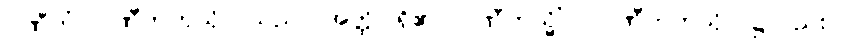
ပဏီတံ၊ ပဏီတကုသိုလ်သည်။ အတ္ထိ၊ ရှိ၏။ ပဏီတသ္မိံပိ၊ ပဏီတကုသိုလ်၌လည်း။